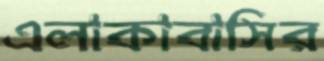
এলাকাবাসির